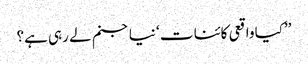
’’کیا واقعی کائنا ت ‘ نیا جنم لے رہی ہے؟